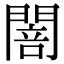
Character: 䦣